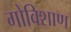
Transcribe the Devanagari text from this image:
गोविशाण